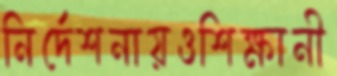
নির্দেশনায়ওশিক্ষানী